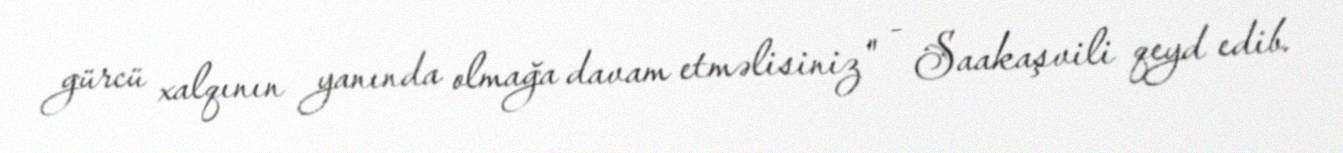
gürcü xalqının yanında olmağa davam etməlisiniz" - Saakaşvili qeyd edib.